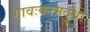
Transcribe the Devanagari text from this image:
गावःकामदुधा